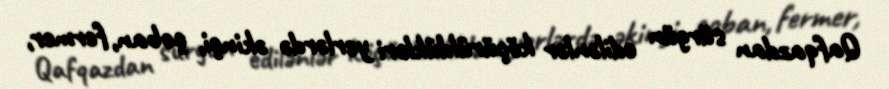
Qafqazdan sürgün edilənlər köçürüldükləri yerlərdə əkinçi, çoban, fermer,